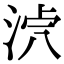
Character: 𣴸